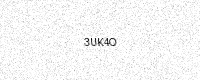
Text: 3UK4O